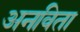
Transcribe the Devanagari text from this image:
अनविता